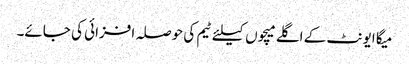
میگا ایونٹ کے اگلے میچوں کیلئے ٹیم کی حوصلہ افزائی کی جائے۔